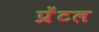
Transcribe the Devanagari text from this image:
प्रेंटल